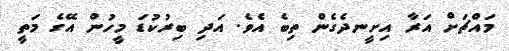
މައްޗަށް އަރާ އިށީނދެގެން ތިބެ އެވެ. އަދި ބިރުކުޑަ މީހުން އޭގެ މަތީ